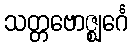
သတ္တဗောဇ္ဈင်္ဂေ